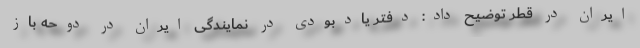
ایران در قطر توضیح داد: دفتر یادبودی در نمایندگی‌ ایران در دوحه باز